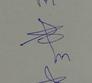
Signature authenticity: genuine